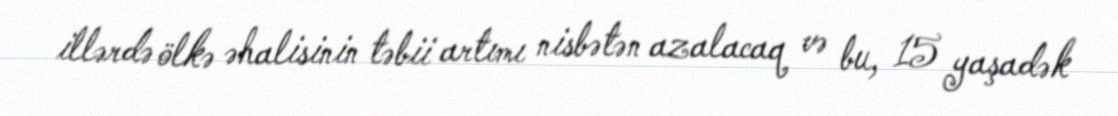
illərdə ölkə əhalisinin təbii artımı nisbətən azalacaq və bu, 15 yaşadək